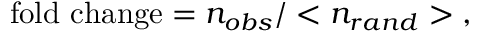
\mathrm { f o l d ~ c h a n g e } = n _ { o b s } / < n _ { r a n d } > \; ,